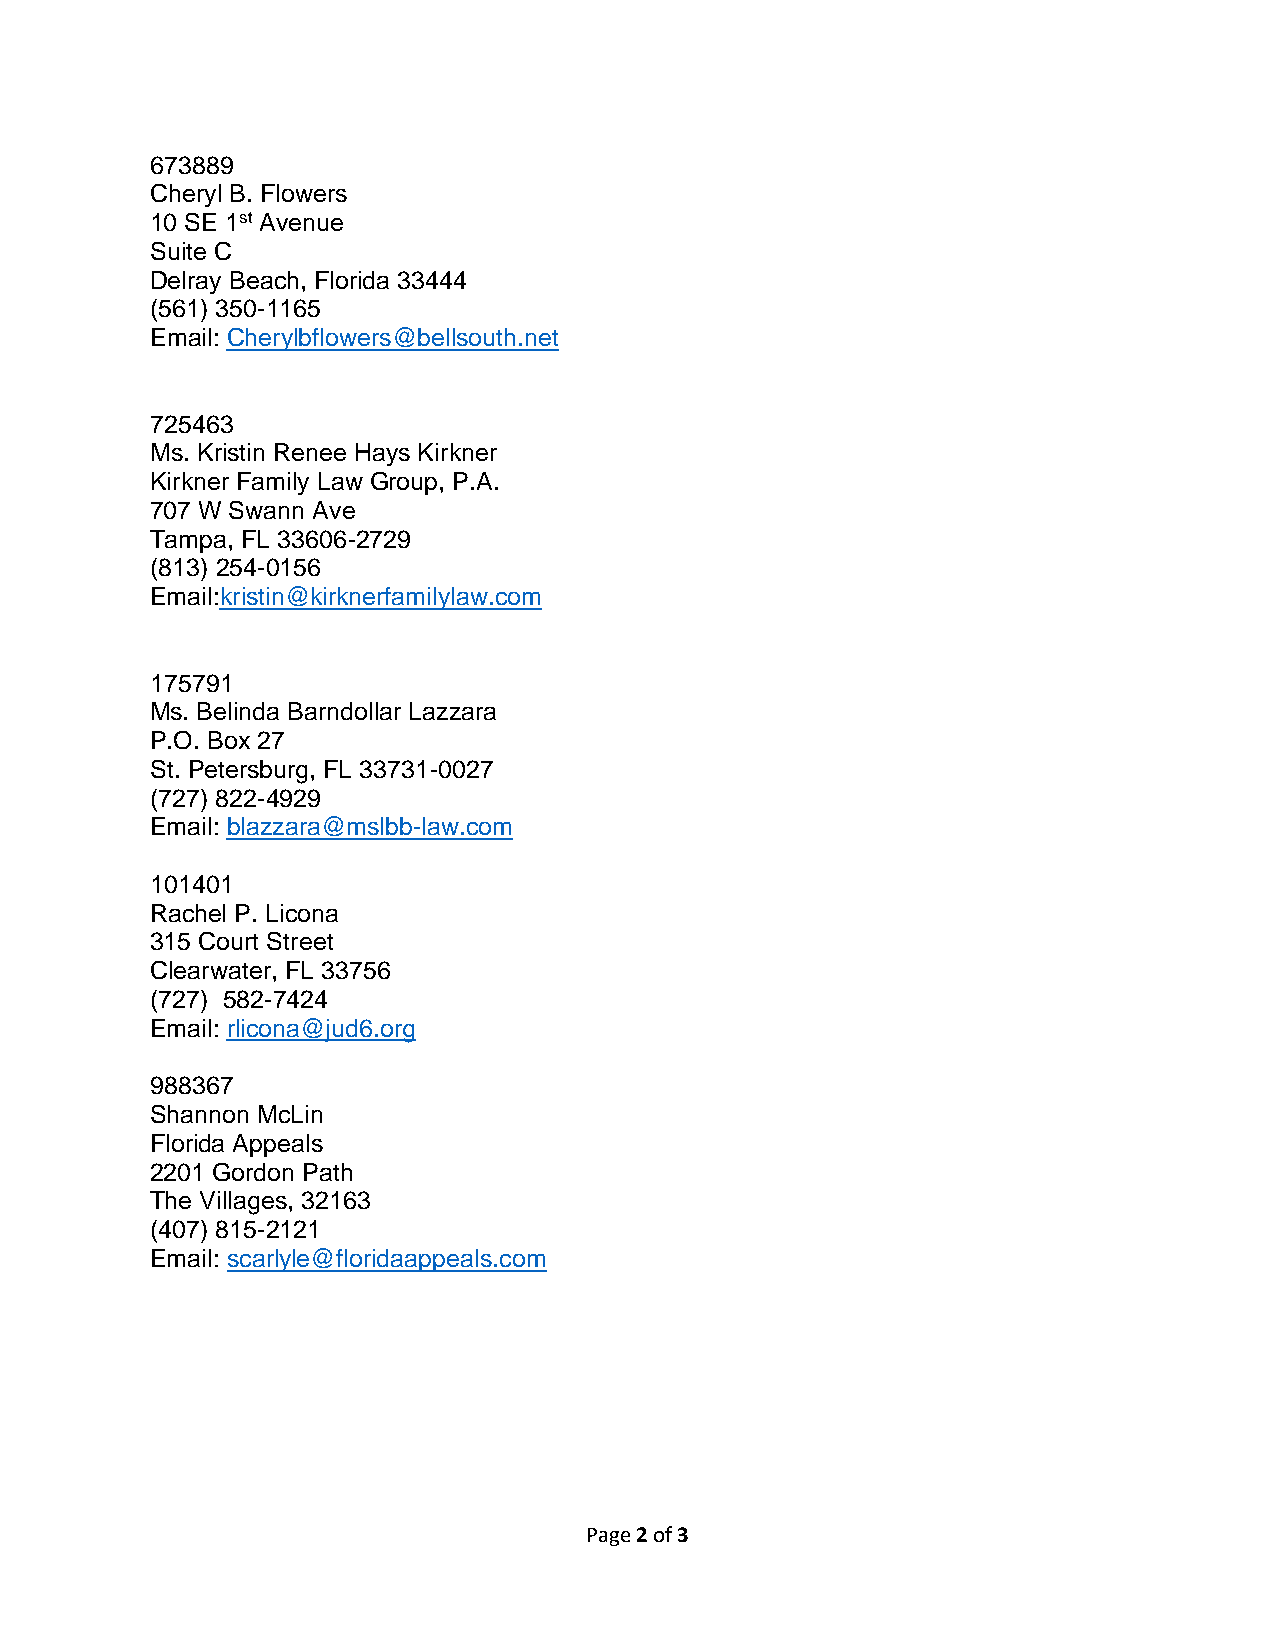
673889
 Cheryl B. Flowers
 10 SE 1st Avenue
 Suite C
 Delray Beach, Florida 33444
 (561) 350-1165
 Email: Cherylbflowers@bellsouth.net
 725463
 Ms. Kristin Renee Hays Kirkner
 Kirkner Family Law Group, P.A.
 707 W Swann Ave
 Tampa, FL 33606-2729
 (813) 254-0156
 Email:kristin@kirknerfamilylaw.com
 175791
 Ms. Belinda Barndollar Lazzara
 P.O. Box 27
 St. Petersburg, FL 33731-0027
 (727) 822-4929
 Email: blazzara@mslbb-law.com
 101401
 Rachel P. Licona
 315 Court Street
 Clearwater, FL 33756
 (727) 582-7424
 Email: rlicona@jud6.org
 988367
 Shannon McLin
 Florida Appeals
 2201 Gordon Path
 The Villages, 32163
 (407) 815-2121
 Email: scarlyle@floridaappeals.com
 Page 2 of 3